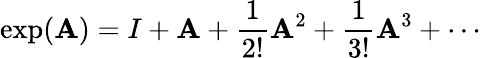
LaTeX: \exp(\mathbf{A})=I+\mathbf{A}+{\frac{{1}}{{2!}}}\mathbf{A}^{2}+{\frac{{1}}{{3!}}}\mathbf{A}^{3}+\cdots